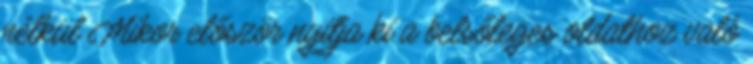
nélkül Mikor először nyitja ki a belsőleges oldathoz való